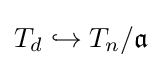
T_{d}\hookrightarrow T_{n}/{\mathfrak {a}}